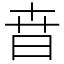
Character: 㫩